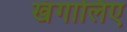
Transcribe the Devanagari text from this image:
खंगालिए